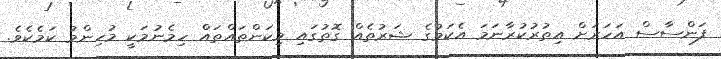
ފަންސާސް އަހަރަށް އިތުރުކުރާނަމަ އެކަމުގެ ޝަރުތެއް ގޮތުގައި މިކަންތައްތައް ހިމެނުމަކީ މުހިންމު ކަމެކެވެ.